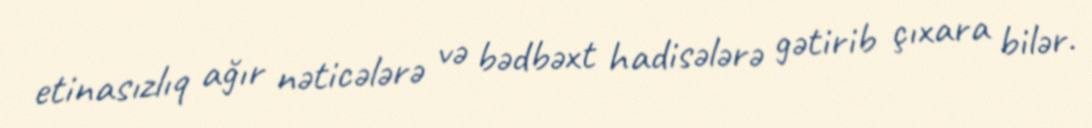
etinasızlıq ağır nəticələrə və bədbəxt hadisələrə gətirib çıxara bilər.